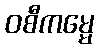
ဝစီကမ္မေ